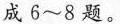
成6~8题。